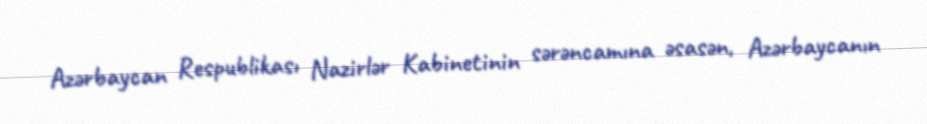
Azərbaycan Respublikası Nazirlər Kabinetinin sərəncamına əsasən, Azərbaycanın